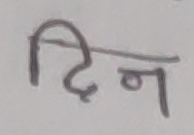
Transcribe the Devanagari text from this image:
दिन